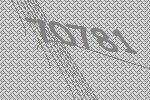
70781